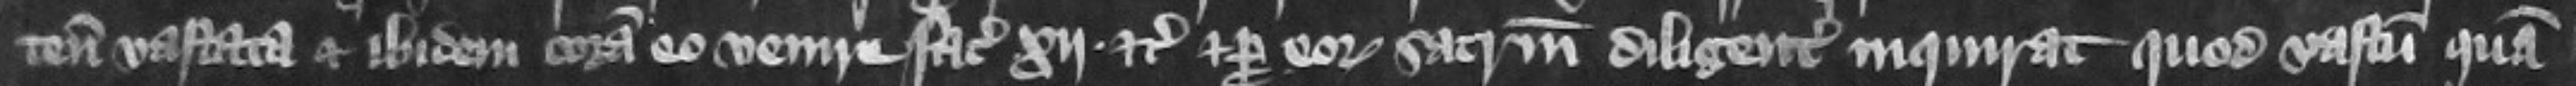
tenementa vastata et ibidem coram eo venire faciat .xij. etc. et per eorum sacramentum diligenter inquirat quod vastum quam